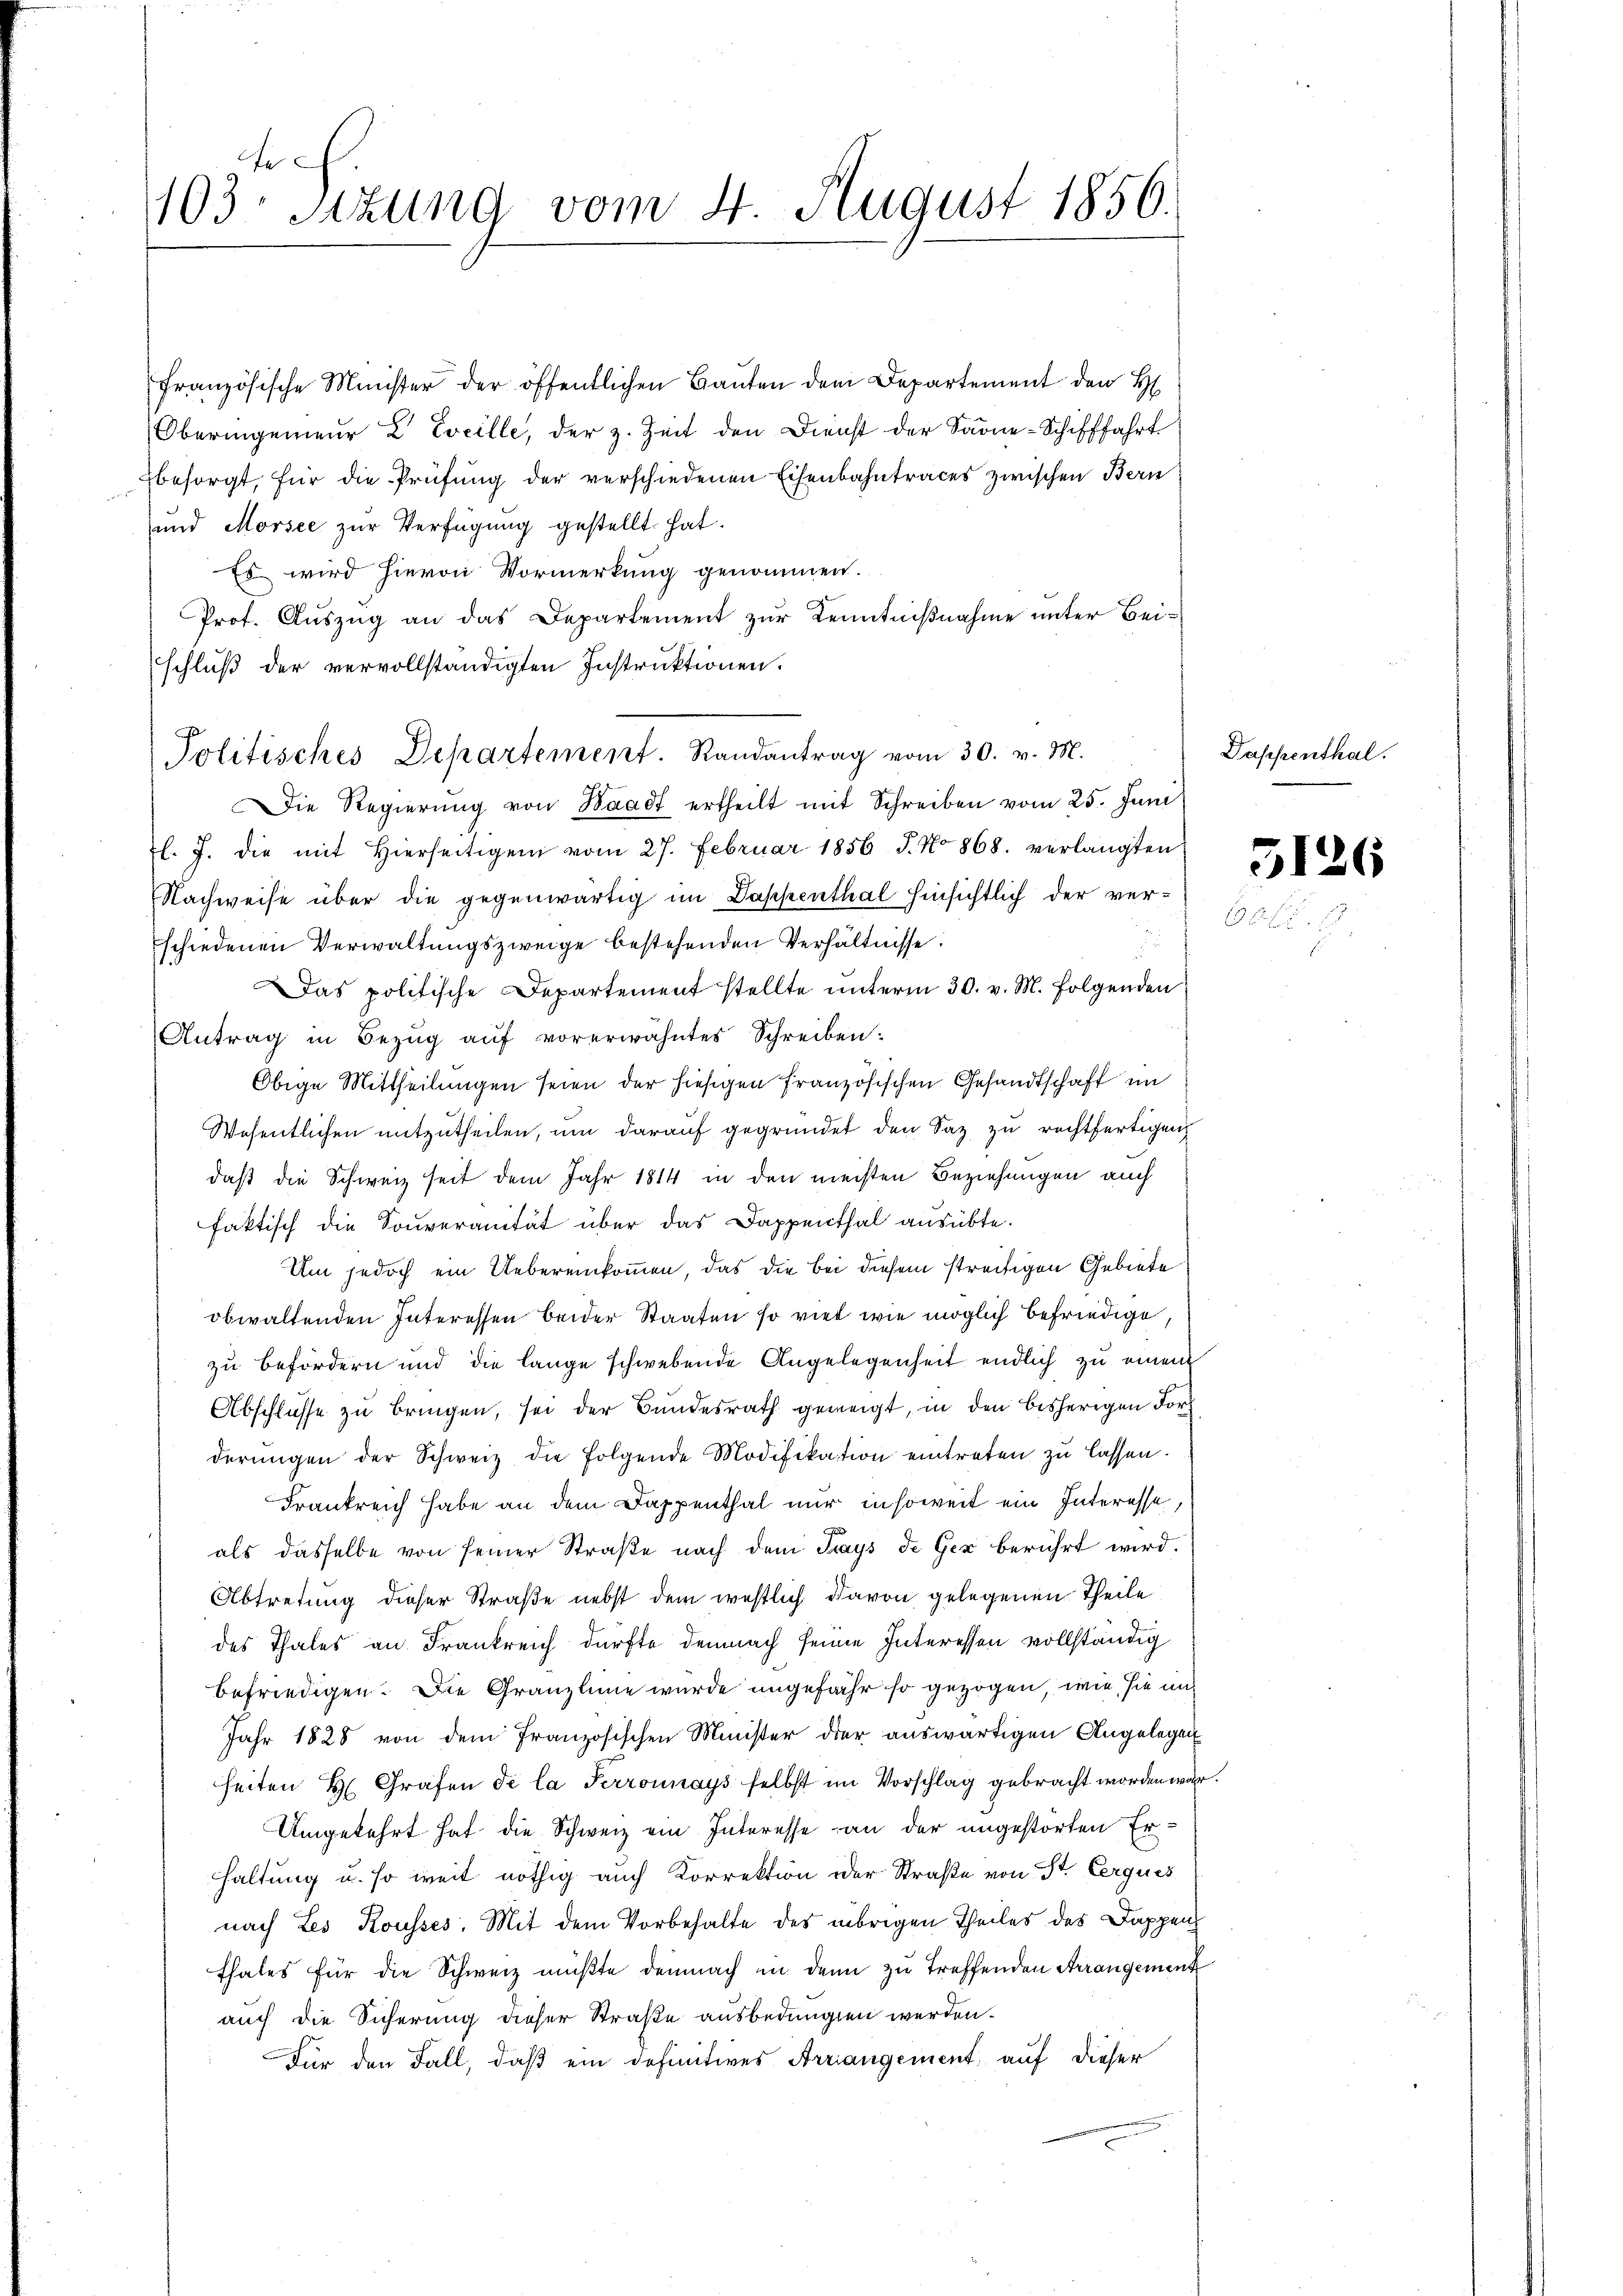
e
103. Sitzung vom 4. August 1856.

französische Minister der öffentlichen Baŭten dem Departement den H
Oberingenieŭr 2 Evcille, der z. Zeit den Dienst der Sarne-Schifffahrt
besorgt, für die Prüfung der verschiedenen Eisenbahntraces zwischen Bern
und Morsee zur Verfügung gestellt hat.
Es wird hievon Vormerkung genommen.
Prof. Auszug an das Departement zur Kenntnißnahme unter Beischluß der vervollständigten Instruktionen.
Die Regierŭng von Waadt ertheilt mit Schreiben vom 25. Juni
l. J. die mit hierseitigen vom 27. Februar 1856 J. No 868. verlangten
Nachweise über die gegenwärtig im Dappenthal hinsichtlich der ver-
schiedenen Verwaltungszweige bestehenden Verhältnisse.
Das politische Departement stellte unterm 30. v. M. folgenden
Antrag in Bezug auf vorerwähntes Schreiben:
Obige Mittheilungen seien der hiesigen Französischen Gesandtschaft im
Wesentlichen mitzutheilen, um darauf gegründet den Saz zu rechtfertigen
daß die Schweiz seit dem Jahr 1814 in den meisten Beziehungen auch
faktisch die Souveranität über das Dappenthal ausübte.
Um jedoch ein Uebereinkommen, das die Bei diesem streitigen Gebiete
obwaltenden Interessen beider Staaten so viel wie möglich befriedige
zu befördern und die lange schwebende Angelegenheit endlich zu einem
Abschlüsse zu bringen, sei der Bundesrath geneigt, in den bisherigen Forderŭngen der Schweiz die folgende Modifikation eintreten zu lassen.
Frankreich habe an dem Dappenthal nur insoweit ein Interesse,
als dasselbe von seiner Straße nach dem Trays de Ger berührt wird.
Abtretung dieser Straße nebst dem westlich davon gelegenen Theile
des Thales an Frankreich dürfte demnach seine Interessen vollständig
befriedigen. Die Gränzlinie wurde ungefähr so gezogen, wie sie un
Jahr 1828 von dem französischen Minister der auswärtigen Angelegen
heiten H. Grafen de la Perronnays selbst im Vorschlag gebracht worden war
Umgekehrt hat die Schweiz ein Interesse an der ungestörten Erhaltung u. so weit nöthig auch Korrektion der Straße von St. Cerques
nach Les Kousses, Mit dem Vorbehalte des übrigen Theiles des Dappenthales für die Schweiz müßte demnach in den zu treffenden Arrangement
auch die Sicherung dieser Straße ausbedungen werden.
Für den Fall, daß ein definitives Arrangement, auf dieser

Politisches Departement. Randantrag vom 30. v. M.

Dappenthal.

5126